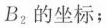
B^{2}的坐标；